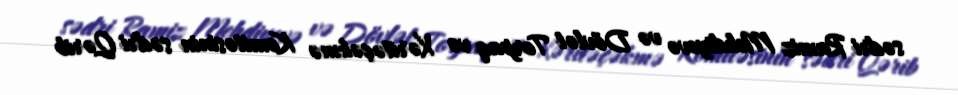
sədri Ramiz Mehdiyevə və Dövlət Torpaq və Xəritəçəkmə Komitəsinin sədri Qərib